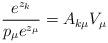
LaTeX: \begin{align*}\frac{e^{z_k}}{p_\mu e^{z_\mu}}=A_{k\mu} V_\mu\end{align*}